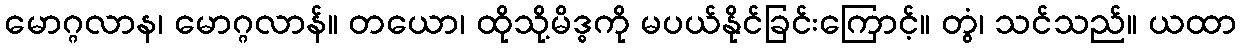
မောဂ္ဂလာန၊ မောဂ္ဂလာန်။ တယော၊ ထိုသို့မိဒ္ဓကို မပယ်နိုင်ခြင်းကြောင့်။ တွံ၊ သင်သည်။ ယထာ